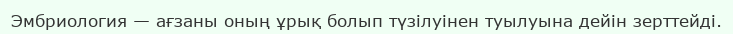
Эмбриология — ағзаны оның ұрық болып түзілуінен туылуына дейін зерттейді.